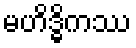
မဟိဒ္ဓိကဿ